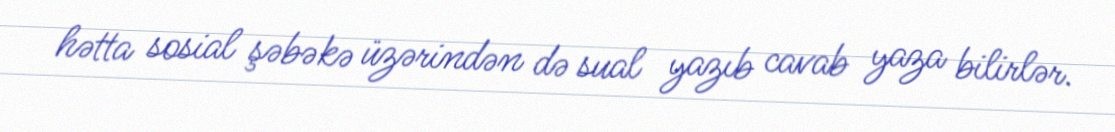
hətta sosial şəbəkə üzərindən də sual yazıb cavab yaza bilirlər.